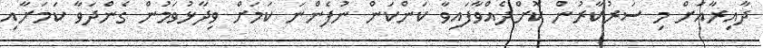
ދާއިރާއަށް މި ސަރުކާރުން ކޮށްދެއްވާފައިވާ ކަންކަން ނުފެންނަ ކަމަށް ވިދާޅުވަމުން ގެންދަވާ ކަމަށާއި